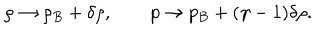
LaTeX: \rho \to \rho _ { B } + \delta \rho , \qquad p \to p _ { B } + ( \gamma - 1 ) \delta \rho .